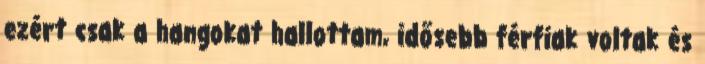
ezért csak a hangokat hallottam, idősebb férfiak voltak és